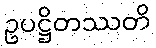
ဥပဋ္ဌိတဿတိ